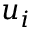
u _ { i }